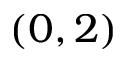
( 0 , 2 )